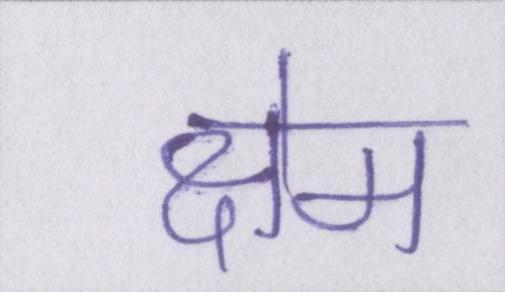
क्षेम